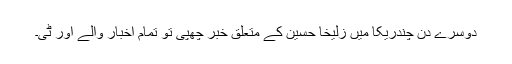
دوسرے دن چندریکا میں زُلیخا حُسین کے متعلق خبر چھپی تو تمام اخبار والے اور ٹی۔